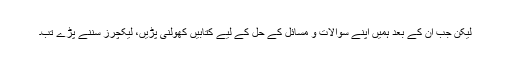
لیکن جب ان کے بعد ہمیں اپنے سوالات و مسائل کے حل کے لیے کتابیں کھولنی پڑیں، لیکچرز سننے پڑے تب۔